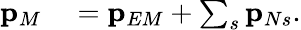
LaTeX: \begin{array}{rl}{\mathbf{p}_{M}}&{{}=\mathbf{p}_{EM}+\sum_{s}\mathbf{p}_{Ns}.}\end{array}